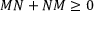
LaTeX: M N + N M \geq 0